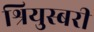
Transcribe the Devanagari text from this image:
श्रियुस्बरी